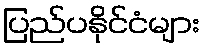
ပြည်ပနိုင်ငံများ